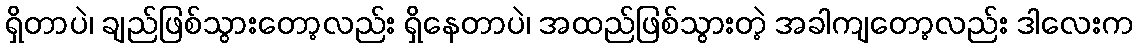
ရှိတာပဲ၊ ချည်ဖြစ်သွားတော့လည်း ရှိနေတာပဲ၊ အထည်ဖြစ်သွားတဲ့ အခါကျတော့လည်း ဒါလေးက